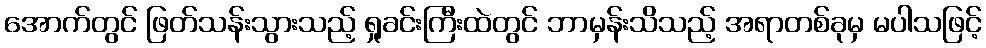
အောက်တွင် ဖြတ်သန်းသွားသည့် ရှုခင်းကြီးထဲတွင် ဘာမှန်းသိသည့် အရာတစ်ခုမှ မပါသဖြင့်